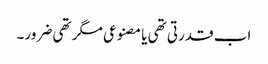
اب قدرتی تھی یا مصنوعی مگر تھی ضرور۔